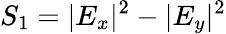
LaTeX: S_{1}=|E_{x}|^{2}-|E_{y}|^{2}